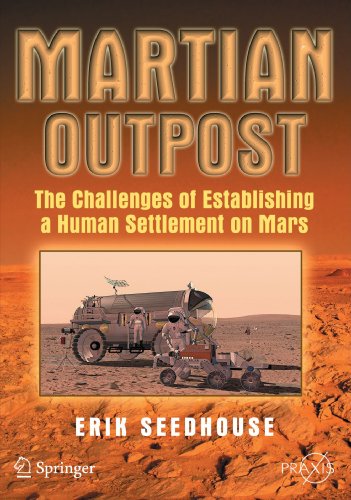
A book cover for Martian Outpost: The Challenges of Establishing a Human Settlement on Mars (Springer Praxis Books); Erik Seedhouse; Science & Math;